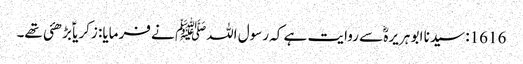
1616: سیدنا ابو ہریرہؓ سے روایت ہے کہ رسول اللہﷺ نے فرمایا: زکریاؑ بڑھئی تھے۔